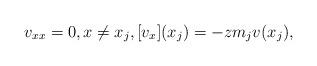
LaTeX: \begin{align*} v_{xx}=0, x\neq x_j, [v_x](x_j)=-zm_j v(x_j), \end{align*}